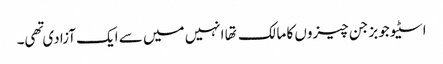
اسٹیو جوبز جن چیزوں کا مالک تها انہیں میں سے ایک آزادی تهی۔